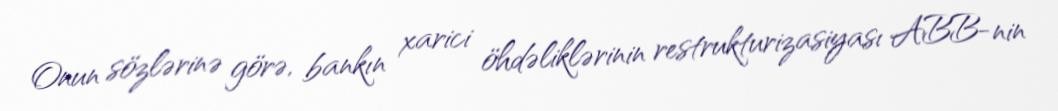
Onun sözlərinə görə, bankın xarici öhdəliklərinin restrukturizasiyası ABB-nin